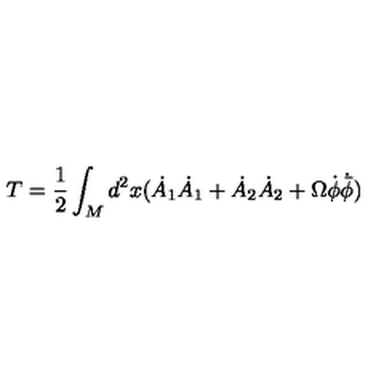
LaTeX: T = \frac { 1 } { 2 } \int _ { M } d ^ { 2 } x ( \dot { A } _ { 1 } \dot { A } _ { 1 } + \dot { A } _ { 2 } \dot { A } _ { 2 } + \Omega \dot { \phi } \dot { { \bar { \phi } } } )